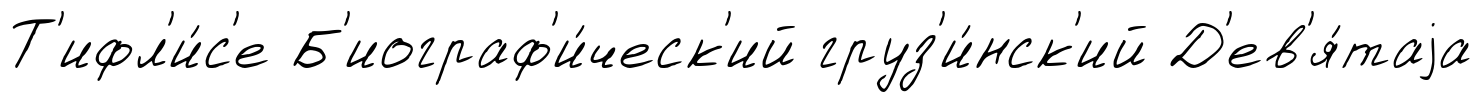
Т'ифл'и́с'е Б'иограф'и́ческ'ий груз'и́нск'ий Д'ев'я́таjа